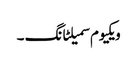
ویکیوم سمیلٹانگ ۔